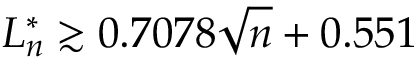
L _ { n } ^ { * } \gtrsim 0 . 7 0 7 8 { \sqrt { n } } + 0 . 5 5 1